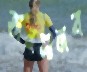
জনমানব